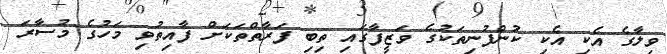
ވިލާގެ އެކި އެކި ކުންފުނިތަކުގެ ވަޒީފާގައި ތިބި ފަރާތްތަކަށް ފާއިތުވި މަހުގެ މުސާރަ